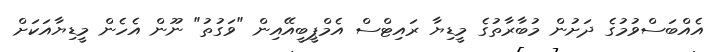
އެއްބަސްވުމުގެ ދަށުން މުބާރާތުގެ މީޑިޔާ ރައިޓްސް އެމްޕީބީއޭއިން "ވަގުތު" ނޫން އެހެން މީޑިޔާއަކަށް